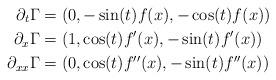
LaTeX: \begin{align*}\partial_{t}\Gamma &= (0, -\sin(t)f(x),-\cos(t)f(x))\\\partial_{x}\Gamma &= (1, \cos(t)f'(x),-\sin(t)f'(x))\\\partial_{xx}\Gamma&=(0, \cos(t)f''(x),-\sin(t)f''(x))\end{align*}